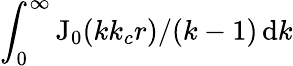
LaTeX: \int_{0}^{\infty}\mathrm{J}_{0}(kk_{c}r)/(k-1)\, \mathrm{d}k